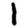
Digit: 1